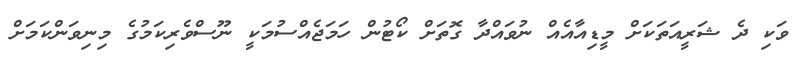
ވަކި ދެ ޝަރީއަތަކަށް މީޑިއާއެއް ނުވައްދާ ގޮތަށް ކޯޓުން ހަމަޖެއްސުމަކީ ނޫސްވެރިކަމުގެ މިނިވަންކަމަށް